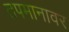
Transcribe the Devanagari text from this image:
तपमानावर